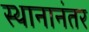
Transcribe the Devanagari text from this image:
स्थानानंतर